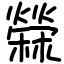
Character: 檾